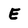
Character: E